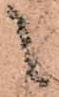
之